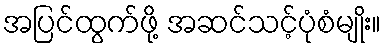
အပြင်ထွက်ဖို့ အဆင်သင့်ပုံစံမျိုး။